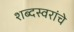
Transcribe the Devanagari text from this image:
शब्दस्वरांचे